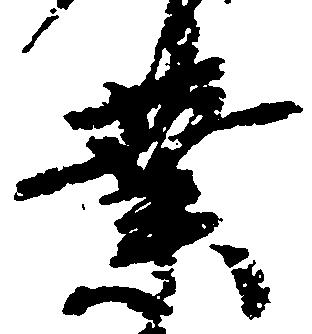
業